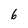
Character: 6